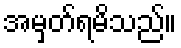
အမှတ်ရမိသည်။